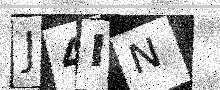
Text: J4IN